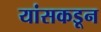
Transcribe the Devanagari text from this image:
यांसकडून